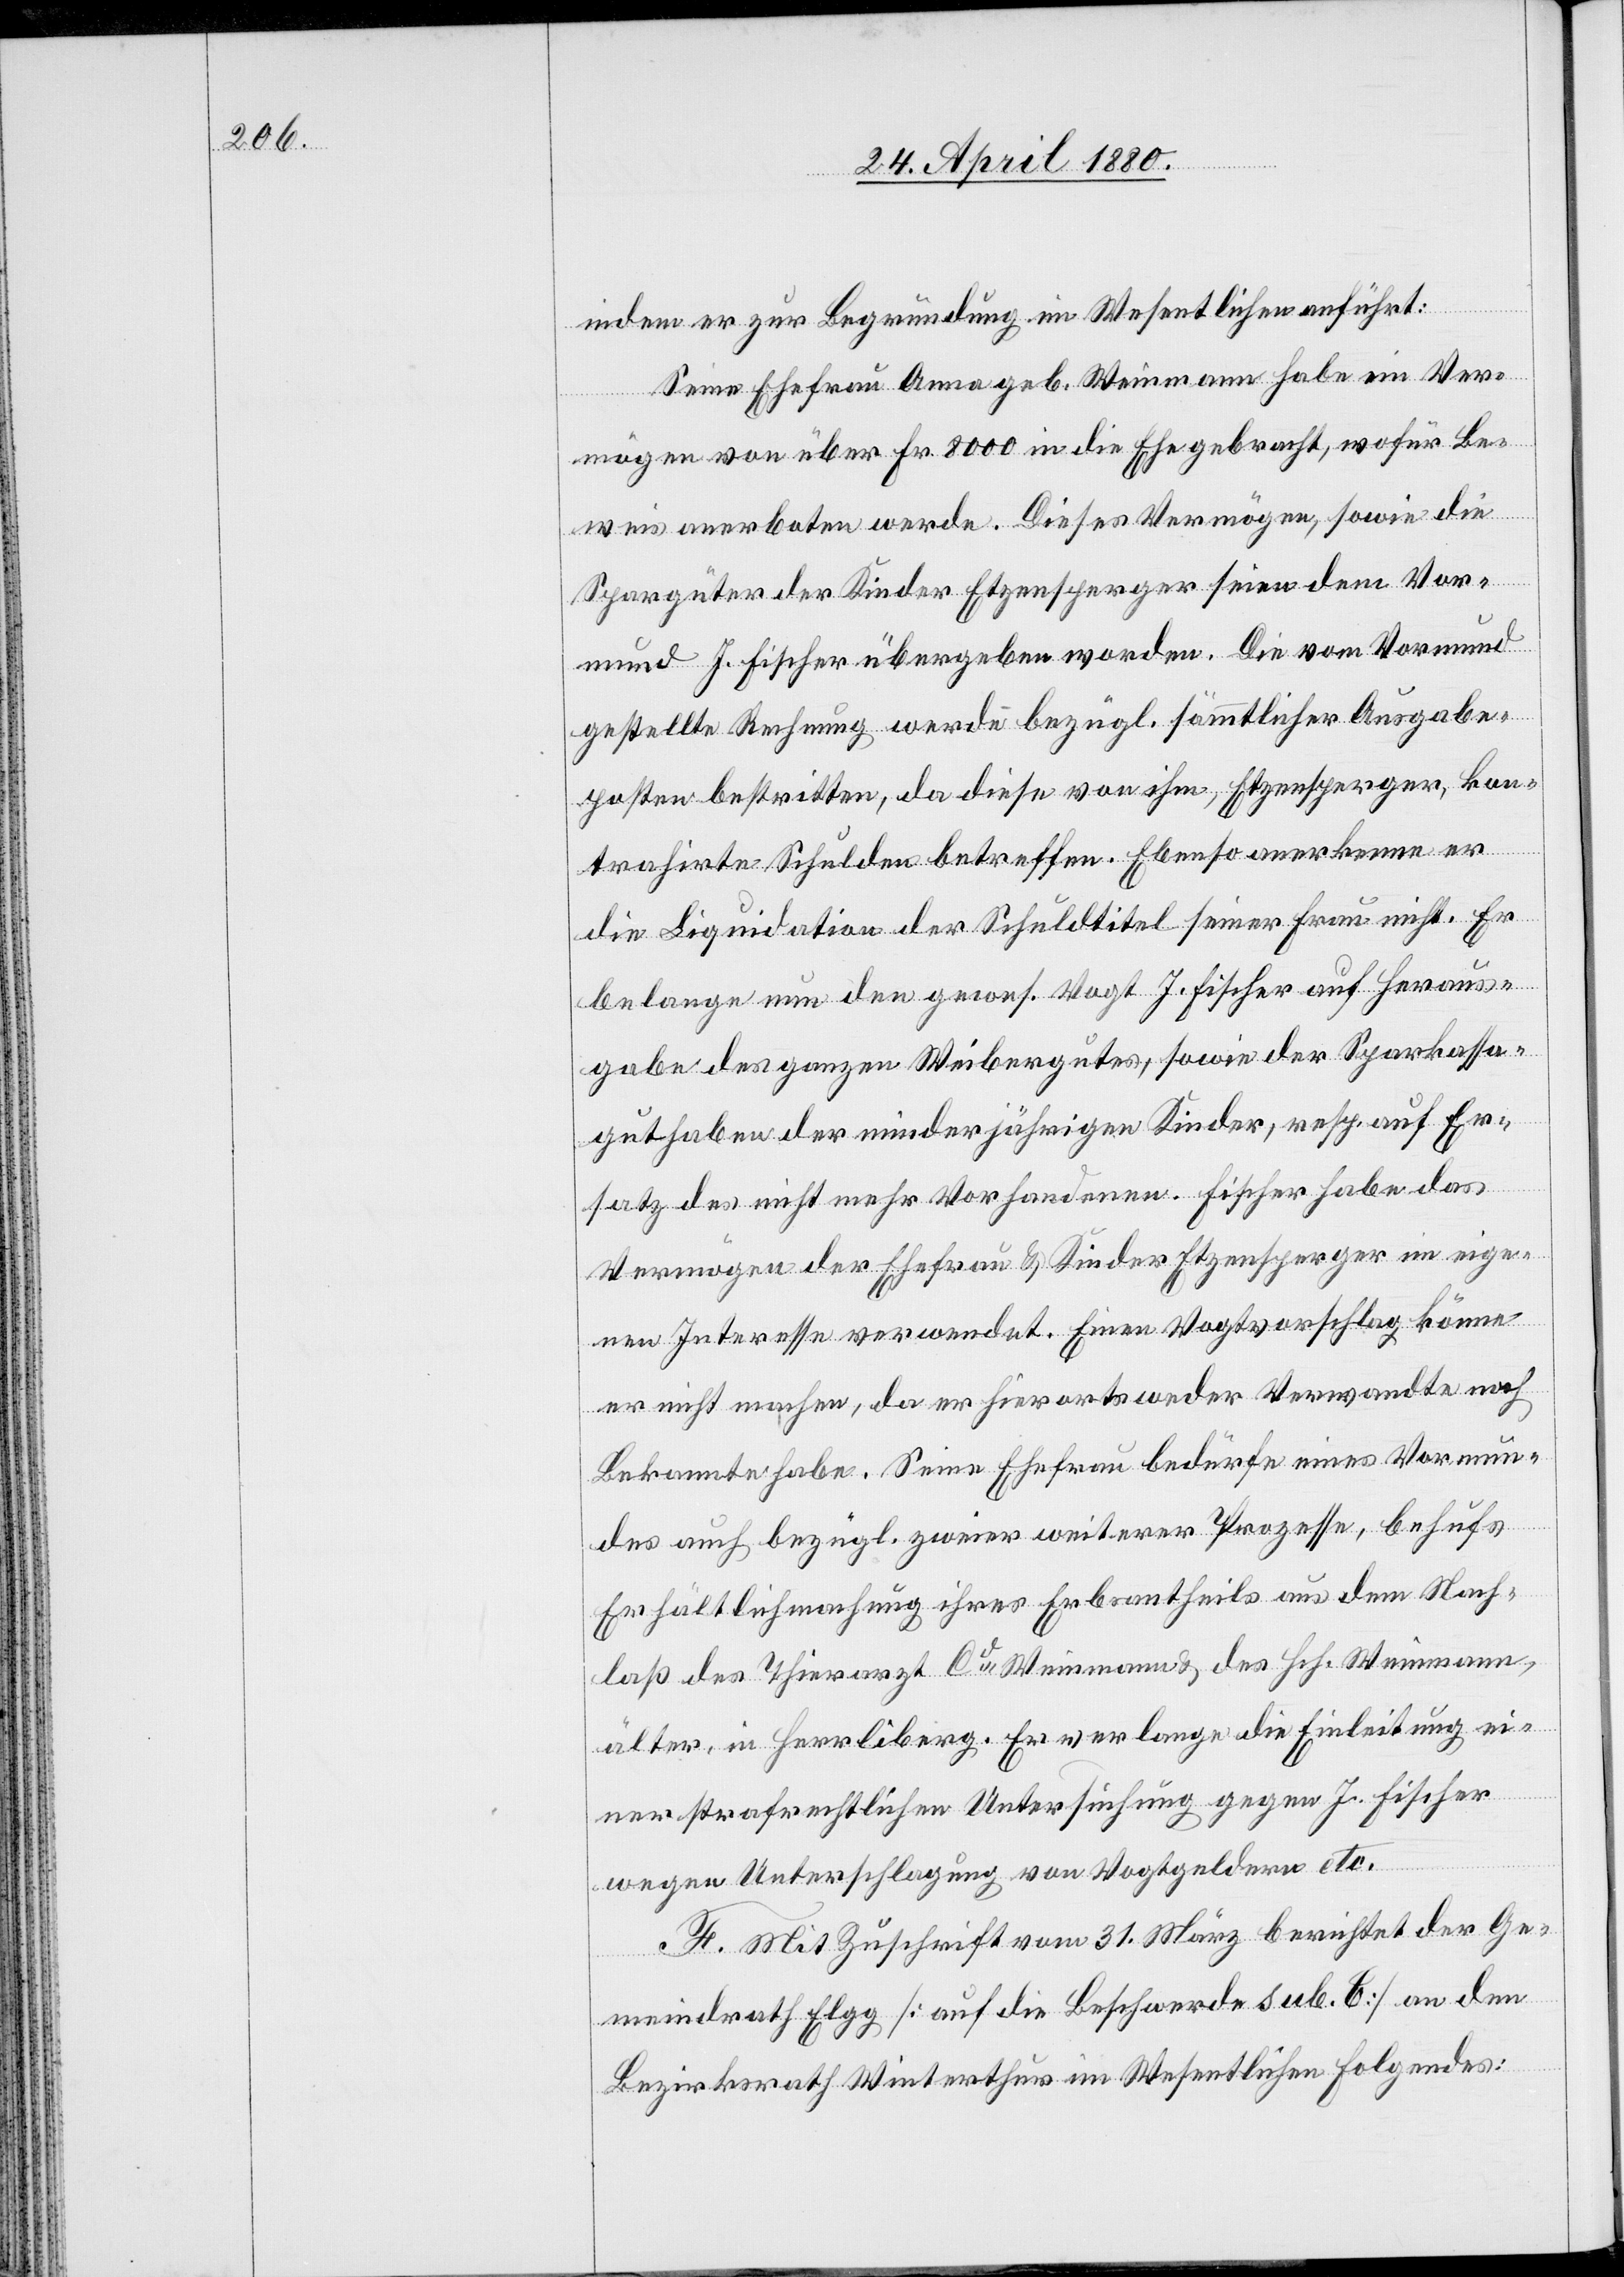
indem er zur Begründung im Wesentlichen anführt:
Seine Ehefrau Anna geb. Weinmann habe ein Ver¬
mögen von über Fr. 8000 in die Ehe gebracht, wofür Be¬
weis anerboten werde. Dieses Vermögen, sowie die
Spargüter der Kinder Etzensperger seien dem Vor¬
mund J. Fischer übergeben worden. Die vom Vormund
gestellte Rechnung werde bezügl. sämmtlicher Ausgabe¬
posten bestritten, da diese von ihm, Etzensperger, kon¬
trahirte Schulden betreffen. Ebenso anerkenne er
die Liquidation der Schuldtitel seiner Frau nicht. Er
belange nun den gewes. Vogt J. Fischer auf Heraus¬
gabe des ganzen Weibergutes, sowie der Sparkassa¬
guthaben der minderjährigen Kinder, resp. auf Er¬
satz des nicht mehr Vorhandenen. Fischer habe das
Vermögen der Ehefrau & Kinder Etzensperger im eige¬
nen Interesse verwendet. Einen Vogtvorschlag könne
er nicht machen, da er hierorts weder Verwandte noch
Bekannte habe. Seine Ehefrau bedürfe eines Vormun¬
des auch bezügl. zweier weiterer Prozesse, behufs
Erhältlichmachung ihres Erbantheils aus dem Nach¬
laß des Thierarzt Cd Weinmann & des Hch. Weinmann,
älter, in Herrliberg. Er verlange die Einleitung ei¬
ner strafrechtlichen Untersuchung gegen J. Fischer
wegen Unterschlagung von Vogtgeldern etc.
F. Mit Zuschrift vom 31. März berichtet der Ge¬
meindrath Elgg [auf die Beschwerde sub. C] an den
Bezirksrath Winterthur im Wesentlichen Folgendes: